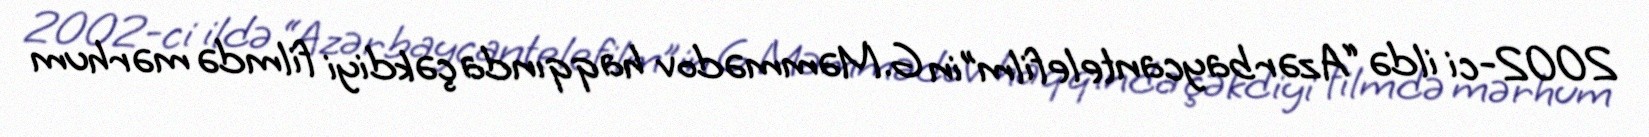
2002-ci ildə “Azərbaycantelefilm”in G.Məmmədov haqqında çəkdiyi filmdə mərhum